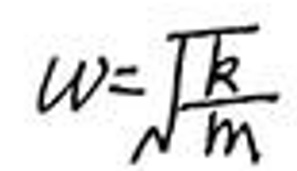
$w = \sqrt { \frac { k } { m } }$